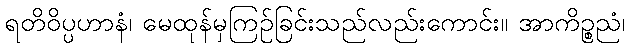
ရတိဝိပ္ပဟာနံ၊ မေထုန်မှကြဉ်ခြင်းသည်လည်းကောင်း။ အာကိဉ္စညံ၊